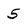
Character: 5